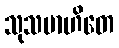
သုသမာဟိတေ